Eesti_Rahvusfond, lk 52
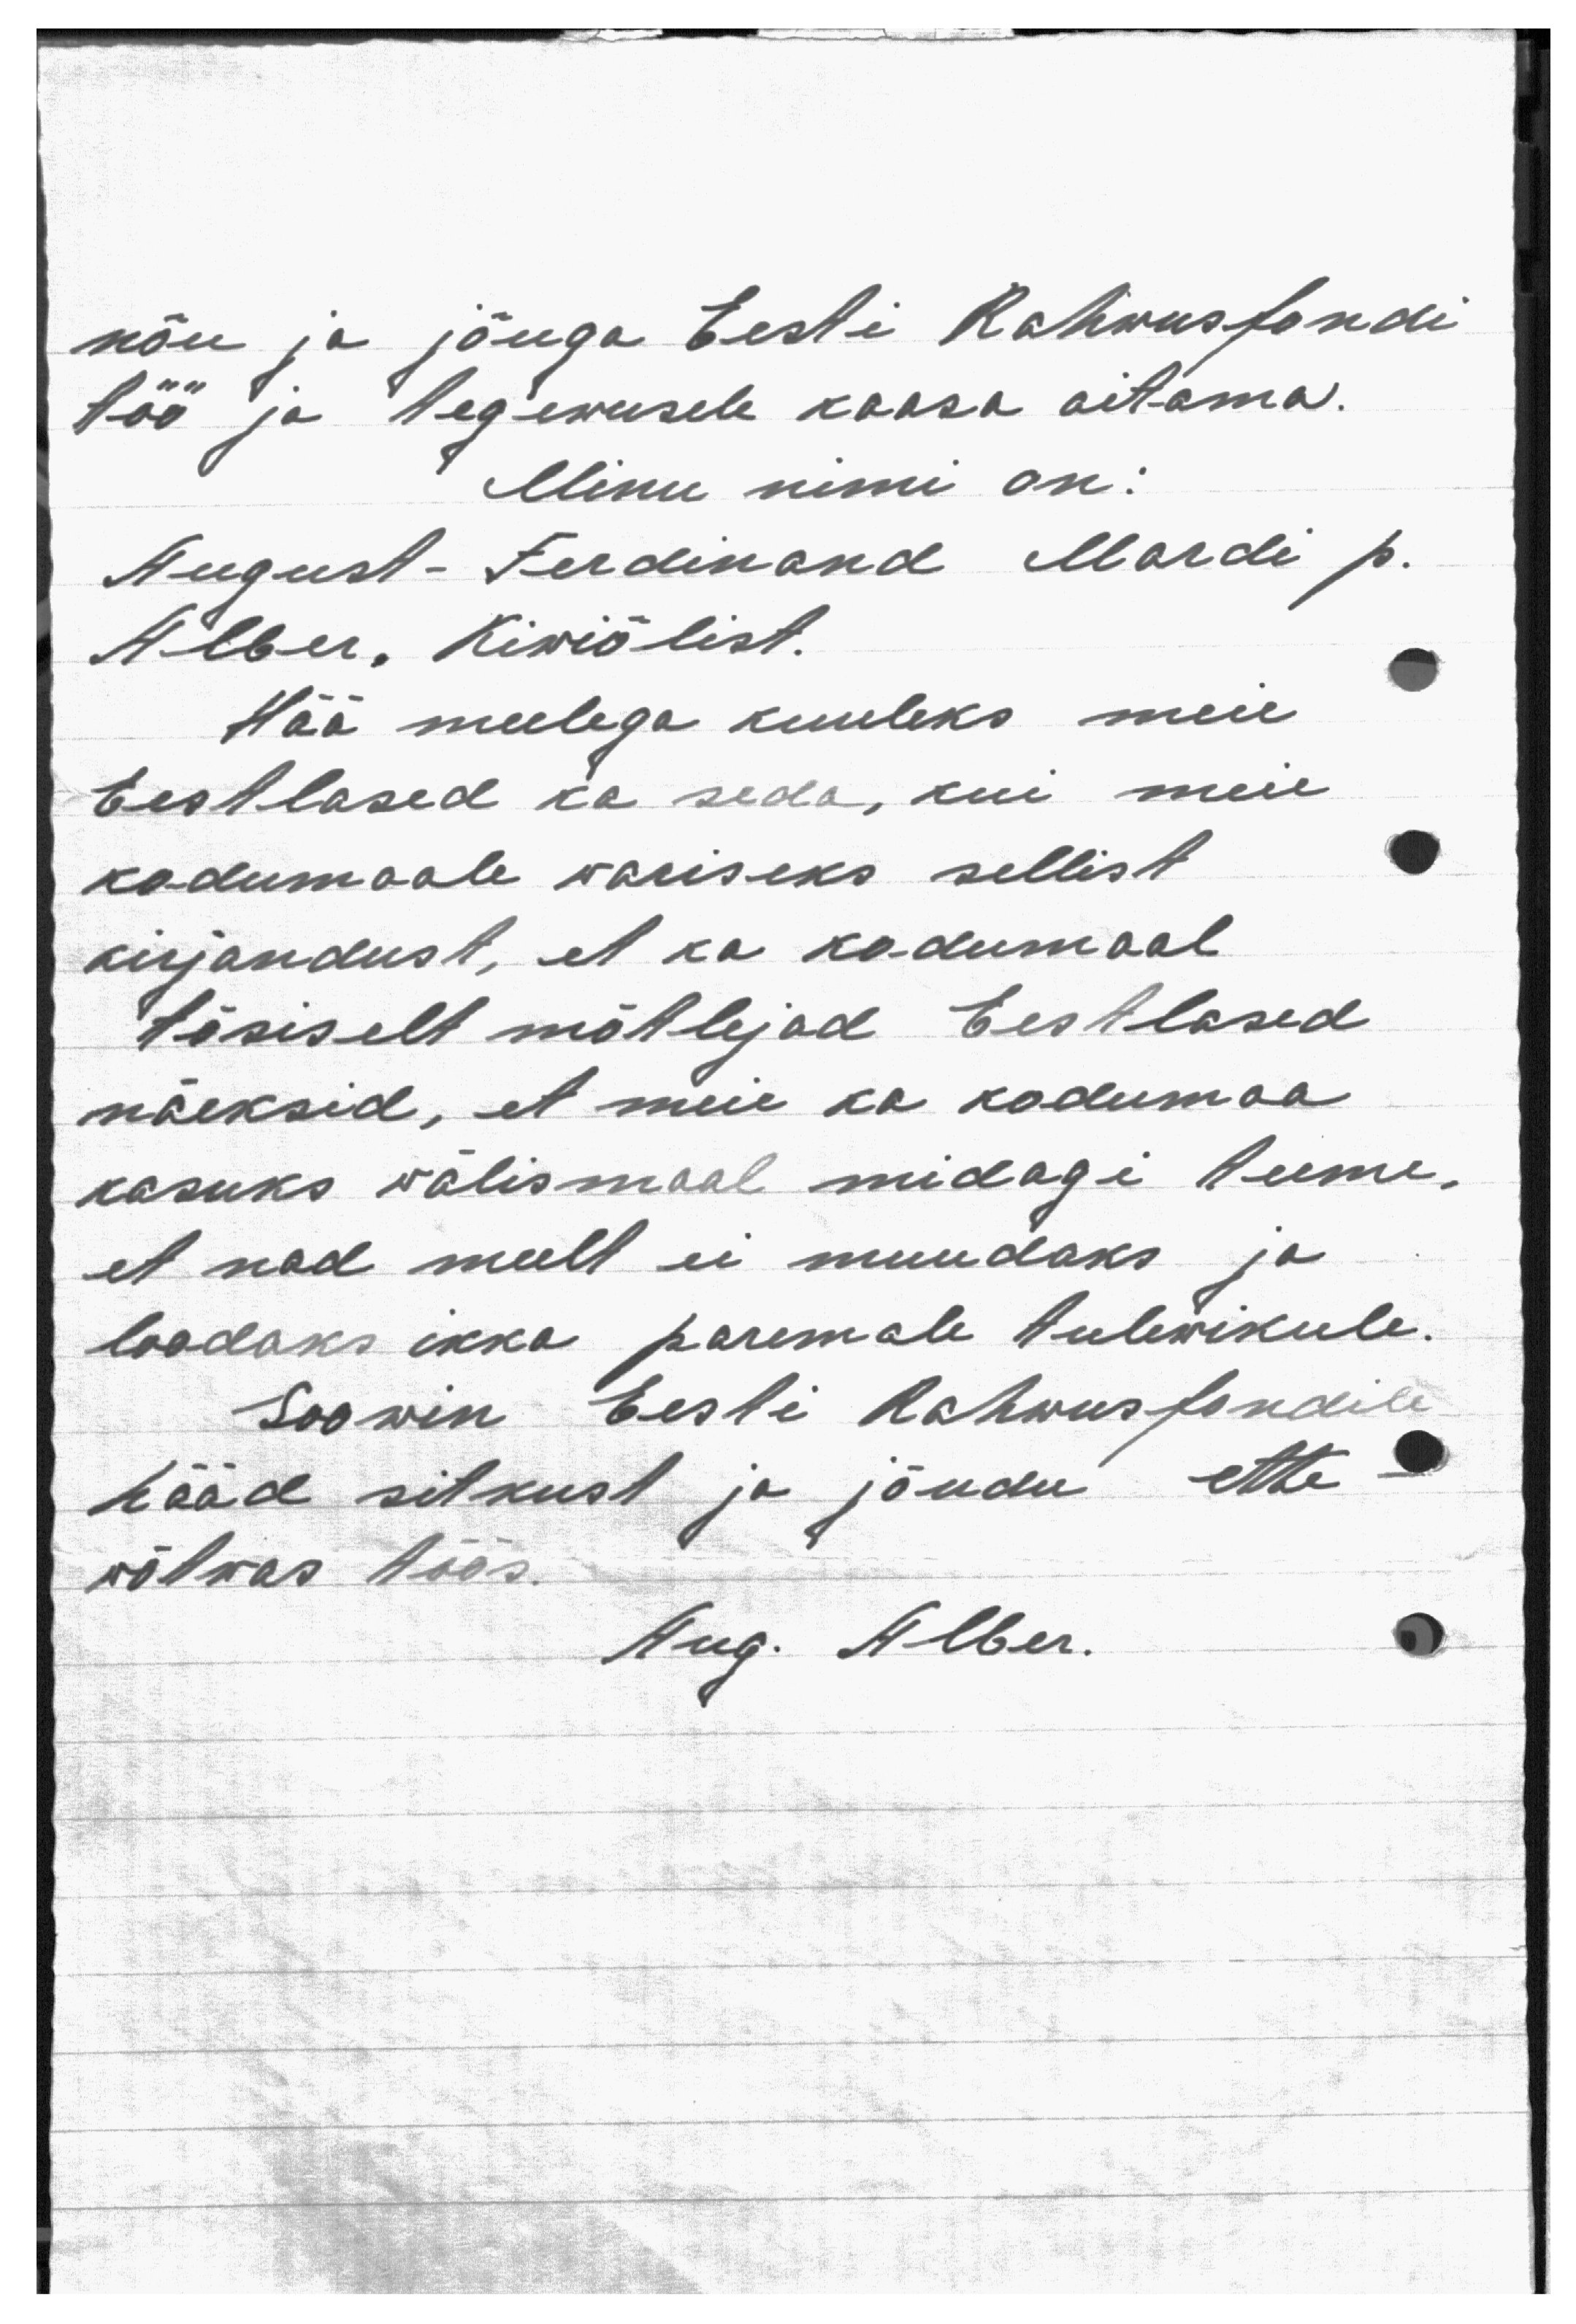
nõu ja jõuga Eesti Rahwusfondi
töö ja tegewusele kaasa aitama.
Minu nimi on:
August-Ferdinand Mardi p.
Alber, Kiwiõlist.
Hää meelega kuuleks meie
Eestlased ka seda, kui meie
kodumaale wariseks sellist
kirjandust, et ka kodumaal
tõsiselt mõtlejad Eestlased
näeksid, et meie ka kodumaa
kasuks välismaal midagi teeme,
et nad meelt ei muudaks ja
loodaks ikka paremale tulewikule.
Soowin Eesti Rahwusfondile
hääd sitkust ja jõudu ette-
wõtwas töös.
Aug. Alber.